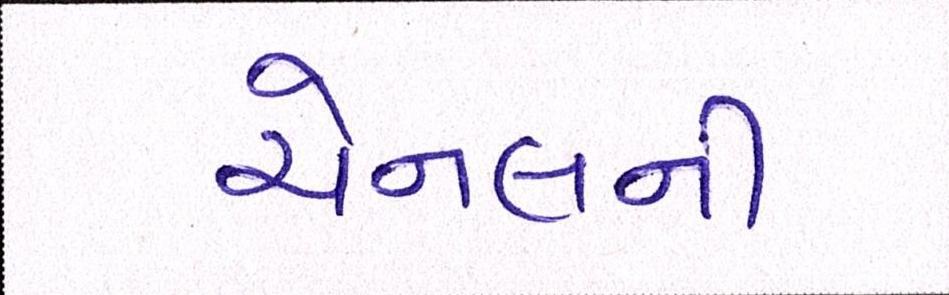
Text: ચેનલની